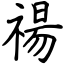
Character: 禓